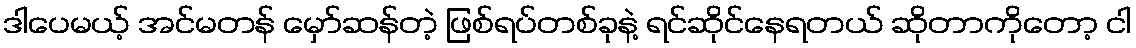
ဒါပေမယ့် အင်မတန် မှော်ဆန်တဲ့ ဖြစ်ရပ်တစ်ခုနဲ့ ရင်ဆိုင်နေရတယ် ဆိုတာကိုတော့ ငါ